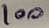
Text: 100